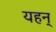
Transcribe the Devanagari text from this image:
यहन्